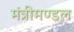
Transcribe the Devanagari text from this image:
मंत्रीमण्‍डल